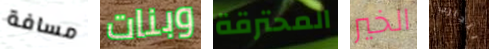
مسافة وبنات المحترقة الخير بتجارب